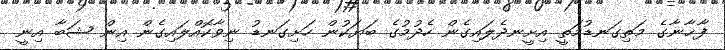
ފާޚާނާގެ މަތިގަނޑުމަތީ އިށީނދެލައިގެން ހެދުމުގެ ބަޔަކުން ހަށިގަނޑު ނިވާކޮއްލައިގެން އިން ޝަބާ އިނީ